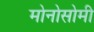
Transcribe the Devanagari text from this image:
मोनोसोमी